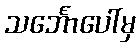
သင်္ဘောပေါ်မှ